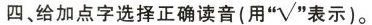
四、给加点字选择正确读音(用“\surd ”表示)。